Indian journal of veterinary science and animal husbandry - Volumes 15-17, 1948-1951
Year: 1948
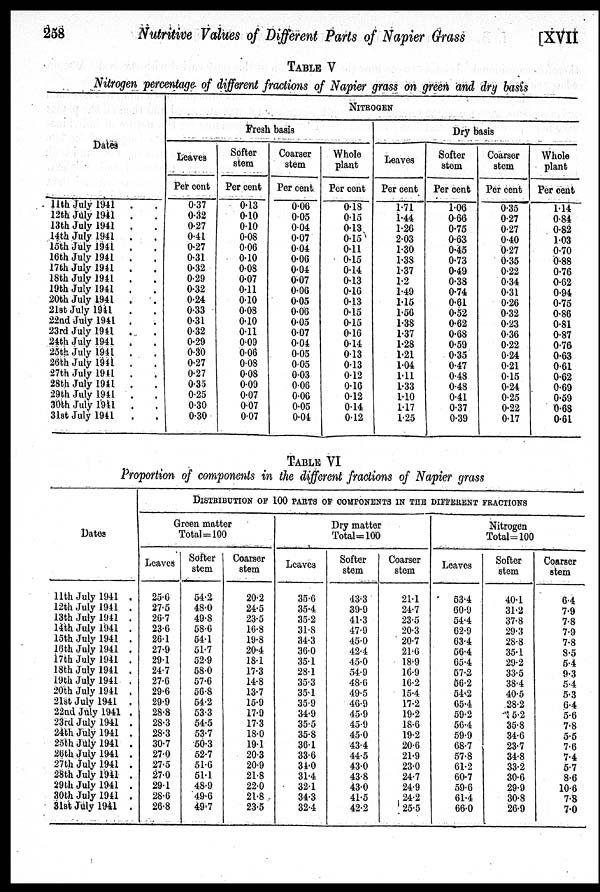
258
Nutritive Values of Different Parts of Napier Grass
[XVII
TABLE V
Nitrogen percentage of different fractions of Napier grass on green and dry basis
Dates
11th July 1941 . .
12th July 1941 . .
13th July 1941 . .
14th July 1941 . .
15th July 1941
. .
16th July 1941 . .
17th July 1941 . .
18th July 1941
. .
19th July 1941 . .
20th July 1941
. .
21st July 1941
. .
22nd July 1941 . .
23rd July 1941 . .
24th July 1941 . .
25th July 1941 . .
26th July 1941
. .
27th July 1941
. .
28th July 1941 . .
29th July 1941 . .
30th July 1941
. .
31st July 1941
. .
NITROGEN
Fresh basis
Leaves
Per cent
0.37
0.32
0.27
0.41
0.27
0.31
0.32
0.29
0.32
0.24
0.33
0.31
0.32
0.29
0.30
0.27
0.27
0.35
0.25
0.30
0.30
Softer
stem
Per cent
0.13
0.10
0.10
0.08
0.06
0.10
0.08
0.07
0.11
0.10
0.08
0.10
0.11
0.09
006
0.08
0.08
0.09
0.07
0.07
0.07
Coarser
stem
Per cent
0.06
0.05
0.04
0.07
0.04
0.06
0.04
0.07
0.06
0.05
0.06
0.05
0.07
0.04
0.05
0.05
0.03
0.06
0.06
0.05
0.04
Whole
plant
Per cent
0.18
0.15
013
0.15
0.11
0.15
0.14
0.13
0.16
0.13
0.15
0.15
0.16
0.14
0.13
0.13
0.12
0.16
0.12
0.14
0.12
Dry basis
Leaves
Per cent
1.71
1.44
1.26
2.03
1.30
1.38
1.37
1.2
1.49
1.15
1.56
1.38
1.37
1.28
1.21
1.04
1.11
1.33
1.10
1.17
1.25
Softer
stem
Per cent
1.06
0.66
0.75
0.63
0.45
0.73
0.49
0.38
0.74
0.61
0.52
0.62
0.68
0.59
0.35
0.47
0.48
0.48
0.41
0.37
0.39
Coarser
stem
Per cent
0.35
0.27
0.27
0.40
0.27
0.35
0.22
0.34
0.31
0.26
0.32
0.23
0.36
0.22
0.24
0.21
0.15
0.24
0.25
0.22
0.17
Whole
plant
Per cent
1.14
0.84
0.82
1.03
0.70
0.88
0.76
0.62
0.94
0.75
0.86
0.81
0.87
0.76
0.63
0.61
0.62
0.69
0.59
0.68
0.61
TABLE VI
Proportion of components in the different fractions of Napier grass
Dates
11th July 1941 .
12th July 1941 .
13th July 1941 .
14th July 1941 .
15th July 1941 .
16th July 1941 .
17th July 1941 .
18th July 1941 .
19th July 1941 .
20th July 1941 .
21st July 1941 .
22nd July 1941 .
23rd July 1941 .
24th July 1941 .
25th July 1941 .
26th July 1941 .
27th July 1941 .
28th July 1941 .
29th July 1941 .
30th July 1941 .
31st July 1941 .
DISTRIBUTION OF 100 PARTS OF COMPONENTS IN THE DIFFERENT FRACTIONS
Green matter
Total = 100
Leaves
25.0
27.5
26.7
23.6
26.1
27.9
29.1
24.7
27.6
29.6
29.9
28.8
28.3
28.3
30.7
27.0
27.5
27.0
29.1
28.6
26.8
Softer
stem
54.2
48.0
49.8
58.6
54.1
51.7
52.9
58.0
57.6
56.8
54.2
53.3
54.5
53.7
50.3
52.7
51.6
51.1
48.9
49.6
49.7
Coarser
stem
20.2
24.5
23.5
16.8
19.8
20.4
18.1
17.3
14.8
13.7
15.9
17.9
17.3
18.0
19.1
20.3
20.9
21.8
22.0
21.8
23.5
Dry matter
Total=100
Leaves
35.6
35.4
35.2
31.8
34.3
36.0
35.1
28.1
35.3
35.1
35.9
34.9
35.5
35.8
36.1
33.6
34.0
31.4
32.1
34.3
32.4
Softer
stem
43.3
39.9
41.3
47.9
45.0
42.4
45.0
54.9
48.6
49.5
46.9
45.9
45.9
45.0
43.4
44.5
43.0
43.8
43.0
41.5
42.2
Coarser
stem
21.1
24.7
23.5
20.3
20.7
21.6
18.9
16.9
16.2
15.4
17.2
19.2
18.6
19.2
20.6
21.9
23.0
24.7
24.9
24.2
25.5
Nitrogen
Total=100
Leaves
53.4
60.9
54.4
62.9
63.4
56.4
65.4
57.2
56.2
54.2
65.4
59.2
56.4
59.9
68.7
57.8
61.2
60.7
59.6
61.4
66.0
Softer
stem
40.1
31.2
37.8
29.3
28.8
35.1
29.2
33.5
38.4
40.5
28.2
5.2
35.8
34.6
23.7
34.8
33.2
30.6
29.9
30.8
26.9
Coarser
stem
6.4
7.9
7.8
7.9
7.8
8.5
5.4
9.3
5.4
5.3
6.4
5.6
7.8
5.5
7.6
7.4
5.7
8.6
10.6
7.8
7.0